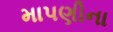
માપણીના